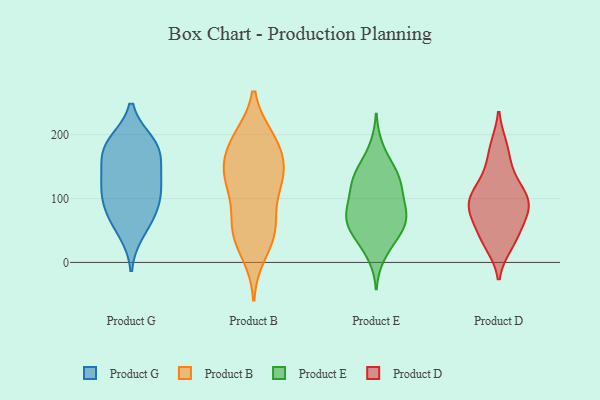
{"axis": {"x": "Budget (USD K)", "y": "Value"}, "legend": ["Product B", "Product D", "Product E", "Product G"], "data": [{"x": "", "y": 81, "type": "Product G"}, {"x": "", "y": 188, "type": "Product G"}, {"x": "", "y": 115, "type": "Product G"}, {"x": "", "y": 47, "type": "Product G"}, {"x": "", "y": 186, "type": "Product G"}, {"x": "", "y": 184, "type": "Product G"}, {"x": "", "y": 137, "type": "Product G"}, {"x": "", "y": 166, "type": "Product G"}, {"x": "", "y": 113, "type": "Product G"}, {"x": "", "y": 122, "type": "Product G"}, {"x": "", "y": 68, "type": "Product G"}, {"x": "", "y": 164, "type": "Product G"}, {"x": "", "y": 87, "type": "Product G"}, {"x": "", "y": 187, "type": "Product B"}, {"x": "", "y": 150, "type": "Product B"}, {"x": "", "y": 191, "type": "Product B"}, {"x": "", "y": 193, "type": "Product B"}, {"x": "", "y": 40, "type": "Product B"}, {"x": "", "y": 195, "type": "Product B"}, {"x": "", "y": 40, "type": "Product B"}, {"x": "", "y": 13, "type": "Product B"}, {"x": "", "y": 143, "type": "Product B"}, {"x": "", "y": 111, "type": "Product B"}, {"x": "", "y": 60, "type": "Product B"}, {"x": "", "y": 54, "type": "Product B"}, {"x": "", "y": 134, "type": "Product B"}, {"x": "", "y": 156, "type": "Product B"}, {"x": "", "y": 70, "type": "Product B"}, {"x": "", "y": 125, "type": "Product B"}, {"x": "", "y": 129, "type": "Product B"}, {"x": "", "y": 86, "type": "Product E"}, {"x": "", "y": 65, "type": "Product E"}, {"x": "", "y": 180, "type": "Product E"}, {"x": "", "y": 109, "type": "Product E"}, {"x": "", "y": 73, "type": "Product E"}, {"x": "", "y": 70, "type": "Product E"}, {"x": "", "y": 121, "type": "Product E"}, {"x": "", "y": 113, "type": "Product E"}, {"x": "", "y": 132, "type": "Product E"}, {"x": "", "y": 151, "type": "Product E"}, {"x": "", "y": 30, "type": "Product E"}, {"x": "", "y": 136, "type": "Product E"}, {"x": "", "y": 77, "type": "Product E"}, {"x": "", "y": 50, "type": "Product E"}, {"x": "", "y": 49, "type": "Product E"}, {"x": "", "y": 85, "type": "Product E"}, {"x": "", "y": 47, "type": "Product E"}, {"x": "", "y": 139, "type": "Product E"}, {"x": "", "y": 11, "type": "Product E"}, {"x": "", "y": 183, "type": "Product D"}, {"x": "", "y": 26, "type": "Product D"}, {"x": "", "y": 148, "type": "Product D"}, {"x": "", "y": 72, "type": "Product D"}, {"x": "", "y": 92, "type": "Product D"}, {"x": "", "y": 103, "type": "Product D"}, {"x": "", "y": 118, "type": "Product D"}, {"x": "", "y": 95, "type": "Product D"}, {"x": "", "y": 39, "type": "Product D"}, {"x": "", "y": 65, "type": "Product D"}]}